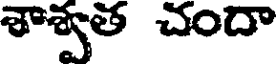
శాశ్వత చందా